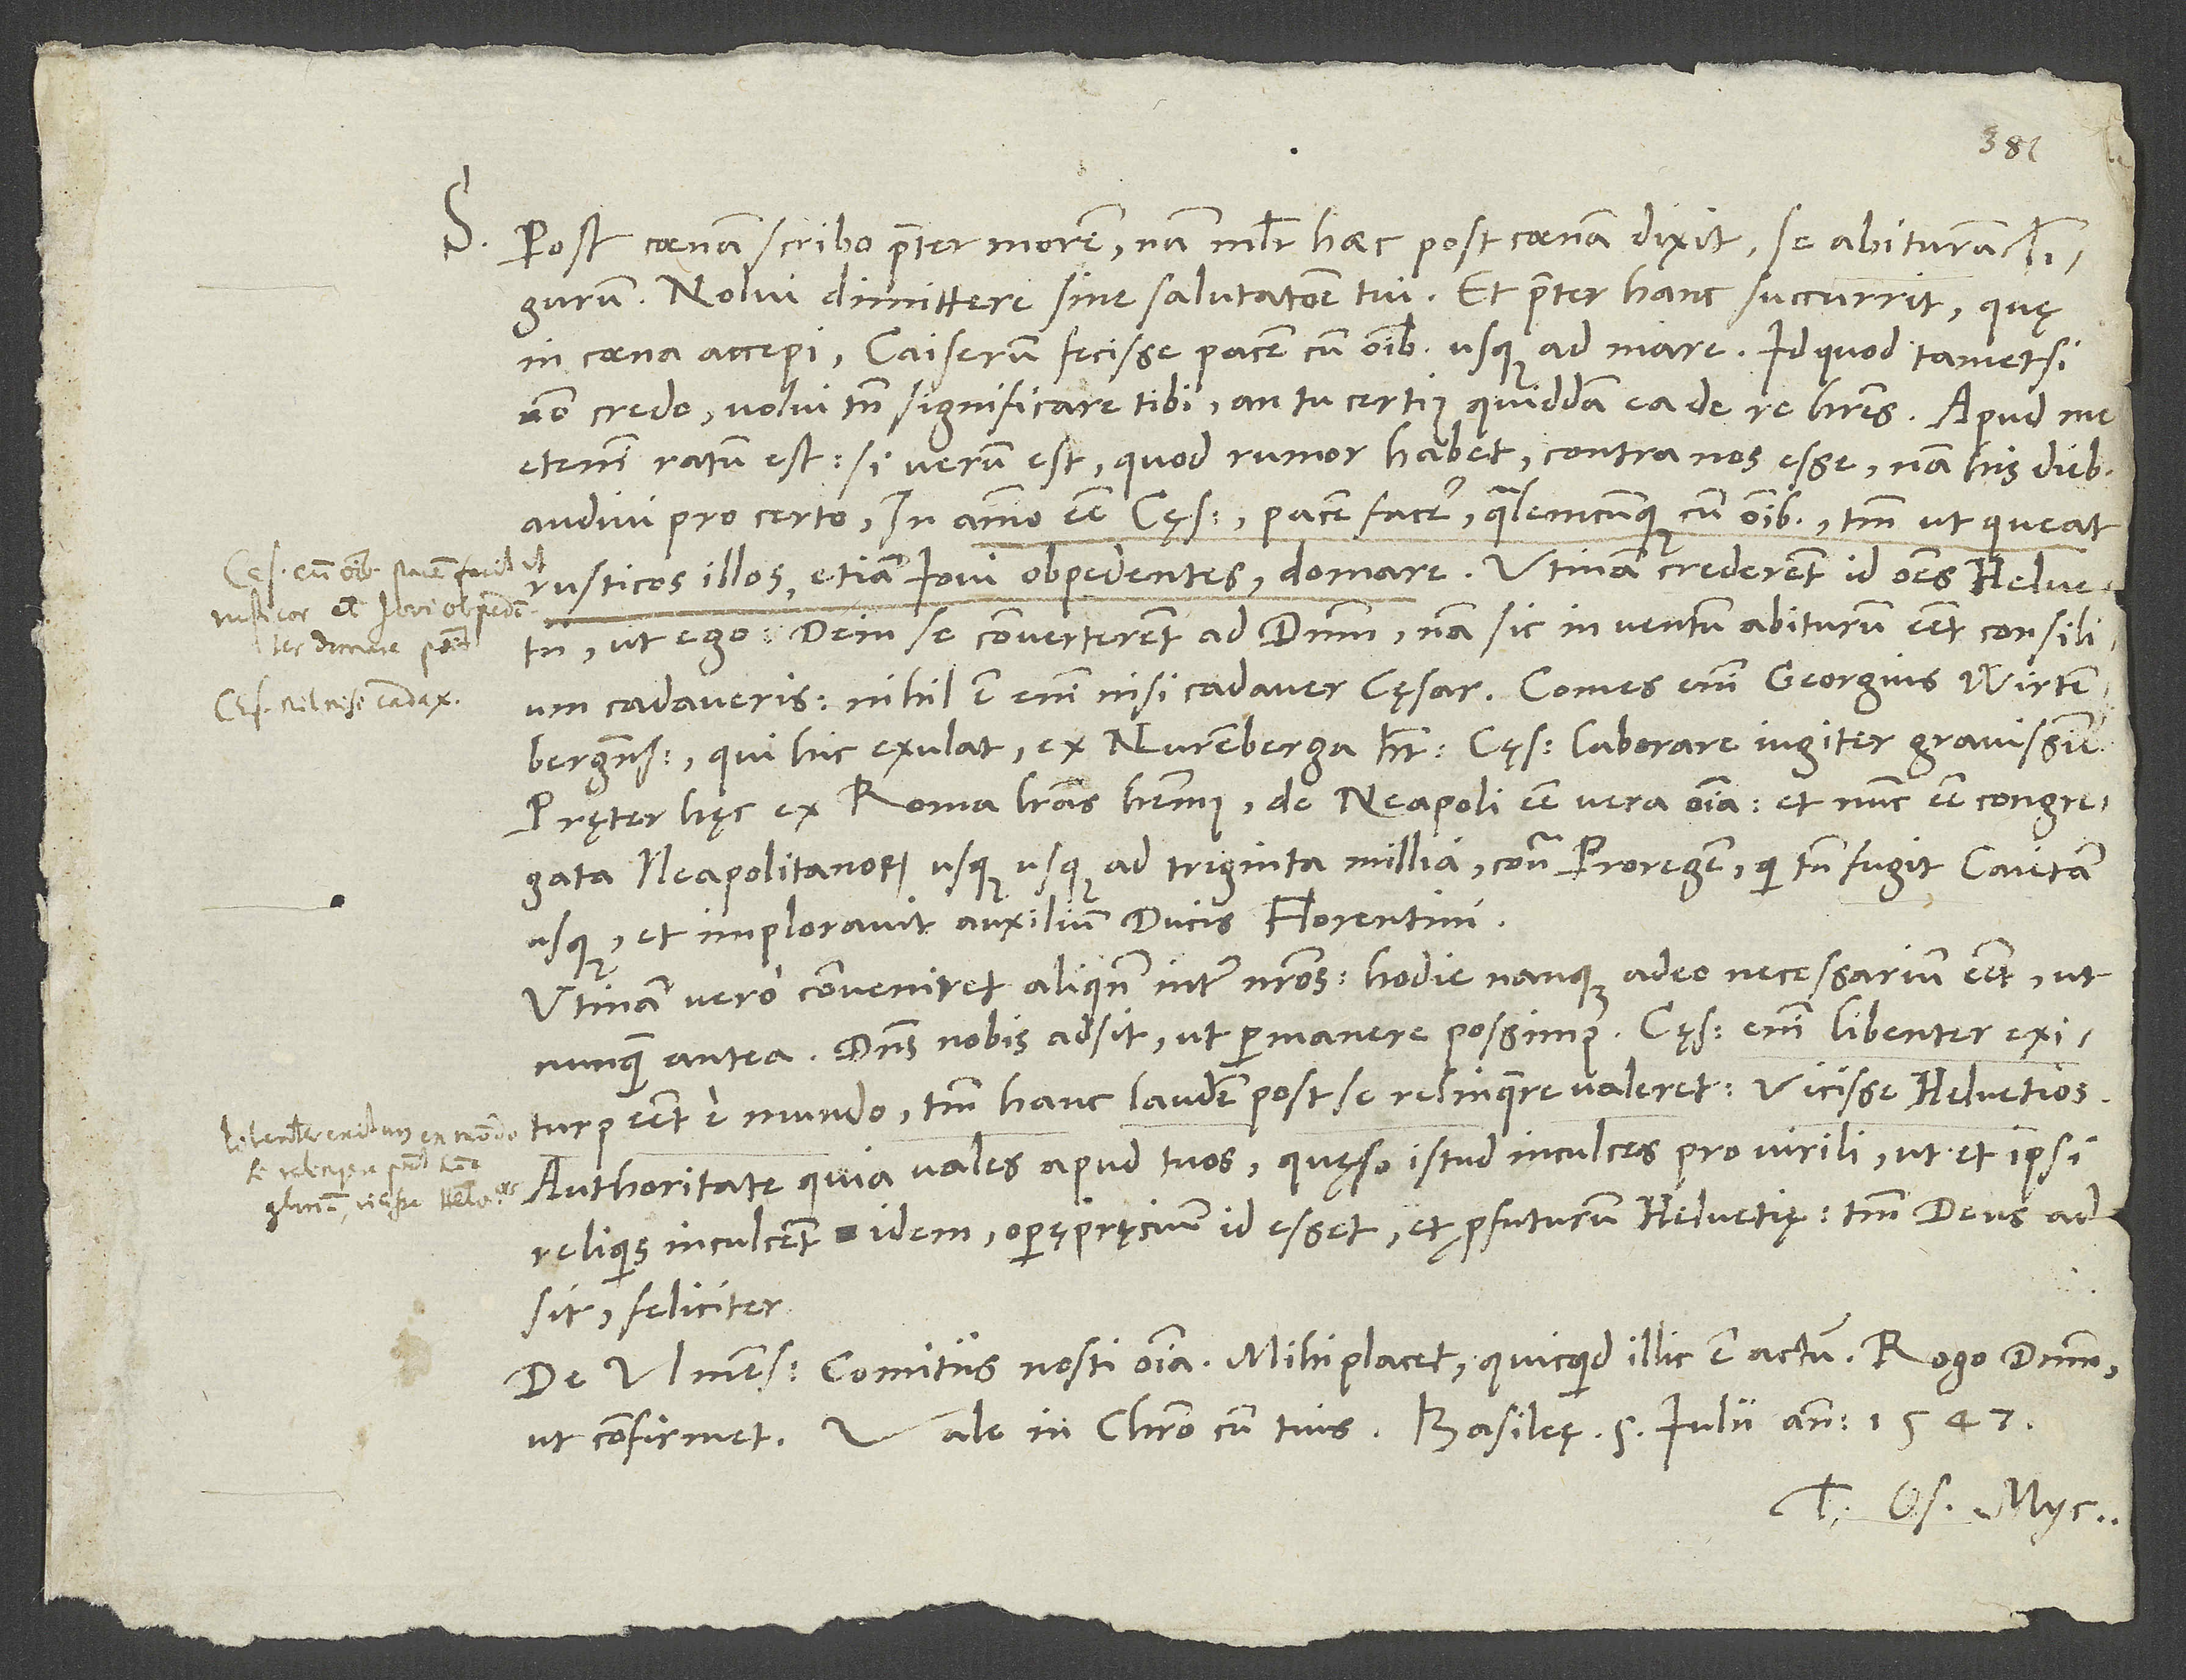
1547.
S. Post coenam scribo praeter morem, nam mulier haec post coenam dixit se abituram
Tigurum. Nolui dimittere sine salutatione tui, et praeter hanc succurrit, quę
in coena accepi: Caiserum fecisse pacem cum omnibus usque ad mare, id, quod tametsi
non credo, volui tamen significare tibi, an tu certius quiddam ea de re haberes. Apud me
etenim ratum est: Si verum est, quod rumor habet, contra nos esse; nam his diebus
audivi pro certo in animo esse cęsari pacem facere qualemcumque cum omnibus, tantum, ut queat
rusticos illos, etiam Iovi obpedentes, domare. Utinam crederent id omnes Helvetii
ut ego, dein se converterent ad dominum, nam sic in ventum abiturum esset consilium
cadaveris (nihil est enim nisi cadaver cęsar). Comes enim Georgius Wirtembergensis,
qui hic exulat, ex Nuremberga habet cęsarem laborare iugiter gravissime.
Pręter hęc ex Roma literas habemus de Neapoli esse vera omnia, et nunc esse congregata
Neapolitanorum usque ad triginta millia contra proregem, qui tamen fugit Caietam
usque et imploravit auxilium ducis Florentini.
Utinam vero conveniret aliquando inter nostros! Hodie nanque adeo necessarium esset ut
nunquam antea. Dominus nobis adsit, ut permanere possimus. Cęsar enim libenter exiturus
esset e mundo, tantum hanc laudem post se relinquere valeret: vicisse Helvetios!
Authoritate quia vales apud tuos, quęso, istud inculces pro virili, ut et ipsi
reliquis inculcent idem. Operę pręcium id esset et profuturum Helvetię, tantum deus adsit
feliciter.
De Ulmensibus comitiis nosti omnia. Mihi placet, quicquid illic est actum. Rogo dominum,
Tuus Os. Myc.